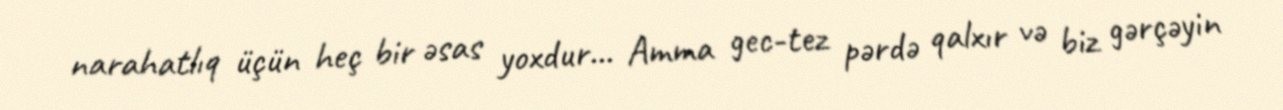
narahatlıq üçün heç bir əsas yoxdur... Amma gec-tez pərdə qalxır və biz gərçəyin